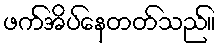
ဖက်အိပ်နေတတ်သည်။